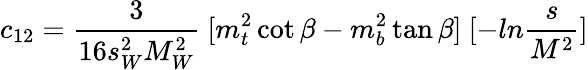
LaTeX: c_{12}={\frac{3}{16s_{W}^{2}M_{W}^{2}}}~[m_{t}^{2}\cot\beta-m_{b}^{2}\tan\beta]~[-ln{\frac{s}{M^{2}}}]